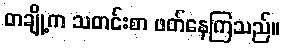
တချို့က သတင်းစာ ဖတ်နေကြသည်။